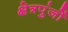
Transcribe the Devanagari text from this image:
क्षेत्रपुंजों